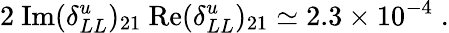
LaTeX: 2~\mathrm{Im}(\delta_{LL}^{u})_{21}~\mathrm{Re}(\delta_{LL}^{u})_{21}\simeq 2.3\times 10^{-4}\; .